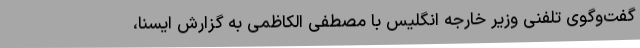
گفت‌وگوی تلفنی وزیر خارجه انگلیس با مصطفی الکاظمی به گزارش ایسنا،